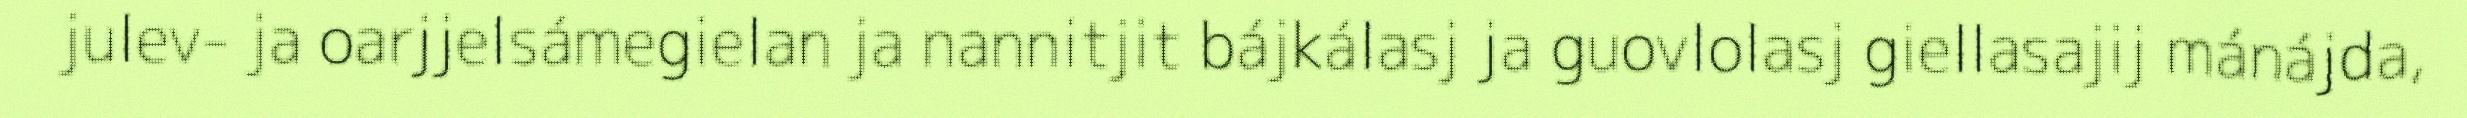
julev- ja oarjjelsámegielan ja nannitjit bájkálasj ja guovlolasj giellasajij mánájda,